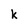
Character: k